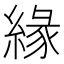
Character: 緣